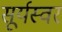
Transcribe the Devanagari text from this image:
सूर्यस्वर